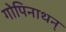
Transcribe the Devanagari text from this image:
गोपिनाथन्